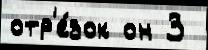
отр'е́зок он 3